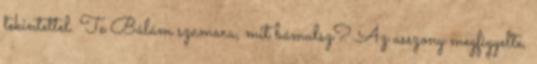
tekintettel. Te Bálám szamara, mit bámulsz? Az asszony megfigyelte,